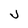
Character: J